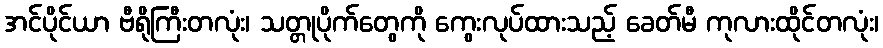
အင်ပိုင်ယာ ဗီရိုကြီးတလုံး၊ သတ္တုပိုက်တွေကို ကွေးလုပ်ထားသည့် ခေတ်မီ ကုလားထိုင်တလုံး၊